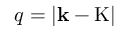
q = \left| \mathbf { k } - \mathrm { K } \right|